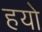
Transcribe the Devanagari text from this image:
हयो